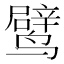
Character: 𬸯